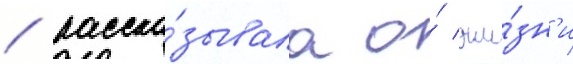
/ расска́зывала о́ жи́зн'и